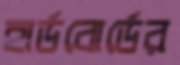
হার্ডবোর্ডের